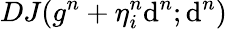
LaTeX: DJ(g^{n}+\eta_{i}^{n}\mathrm{d}^{n};\mathrm{d}^{n})